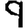
Digit: 9